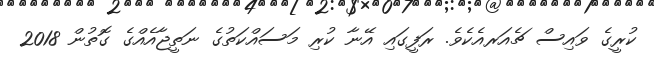
ކުރީގެ ވައިސް ޗެއަރއެކެވެ. ރަފީގައި އޭނާ ކުރި މަސައްކަތުގެ ނަތީޖާއެއްގެ ގޮތުން 2018